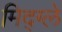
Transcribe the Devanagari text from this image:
मिद्ग्ले